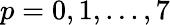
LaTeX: p=0,1,...,7